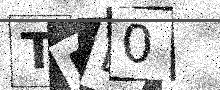
Text: TFE0